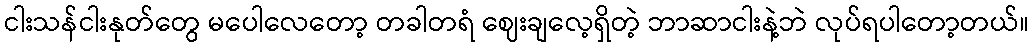
ငါးသန်ငါးနုတ်တွေ မပေါလေတော့ တခါတရံ ဈေးချလေ့ရှိတဲ့ ဘာဆာငါးနဲ့ဘဲ လုပ်ရပါတော့တယ်။